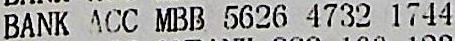
BANK ACC MBB 5626 4732 1744